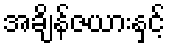
အချိန်ဇယားနှင့်